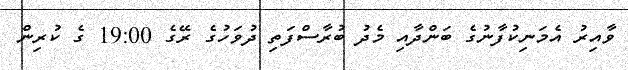
ވާއިރު އެމަނިކުފާނުގެ ބަންދާއި މެދު ބުރާސްފަތި ދުވަހުގެ ރޭގެ 19:00 ގެ ކުރިން